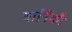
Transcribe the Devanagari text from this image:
वार्षिकौ